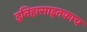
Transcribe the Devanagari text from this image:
इतिहासाइतकाच